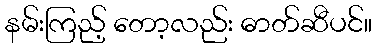
နမ်းကြည့် တော့လည်း ဓာတ်ဆီပင်။